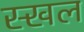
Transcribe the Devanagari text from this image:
स्खल